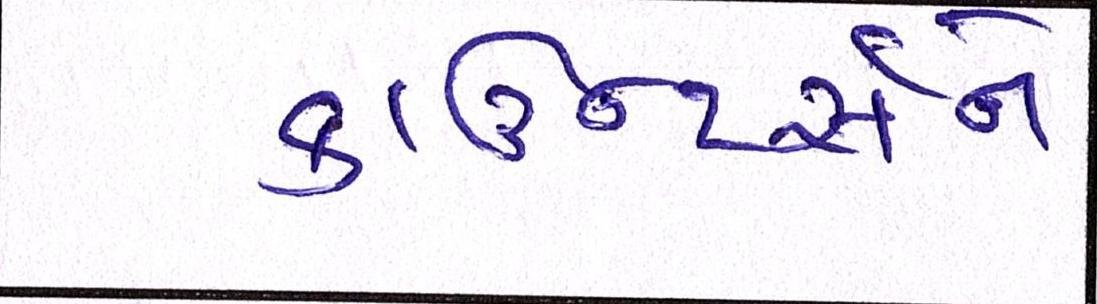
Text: કાઉન્ટર્સને